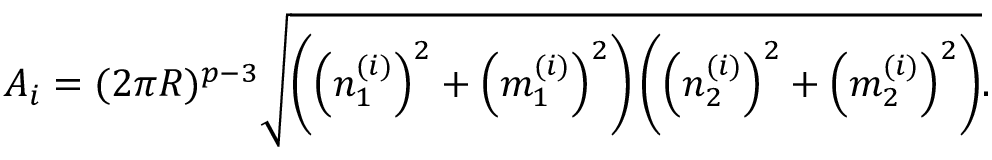
A _ { i } = ( 2 \pi R ) ^ { p - 3 } \sqrt { \left( \left( n _ { 1 } ^ { ( i ) } \right) ^ { 2 } + \left( m _ { 1 } ^ { ( i ) } \right) ^ { 2 } \right) \left( \left( n _ { 2 } ^ { ( i ) } \right) ^ { 2 } + \left( m _ { 2 } ^ { ( i ) } \right) ^ { 2 } \right) } .